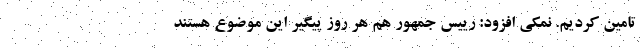
تامین کردیم. نمکی افزود: رییس جمهور هم هر روز پیگیر این موضوع هستند